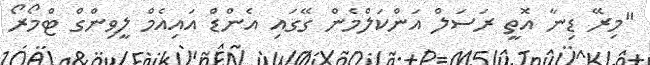
"މިރޭ ޑިނާ އޮތީ ރަސަލް އަންކަލްމެން ގޭގައި އެންޑް އައިއެމް ލީވިންގް ޓްމޯރޯ